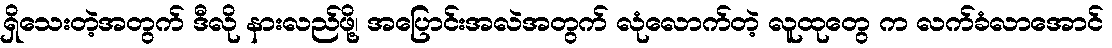
ရှိသေးတဲ့အတွက် ဒီလို နားလည်ဖို့၊ အပြောင်းအလဲအတွက် လုံလောက်တဲ့ လူထုတွေ က လက်ခံလာအောင်